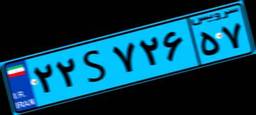
۴۴S۱۵۲۳۵